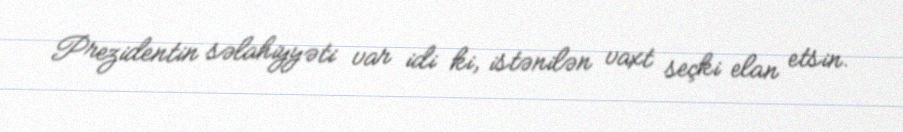
Prezidentin səlahiyyəti var idi ki, istənilən vaxt seçki elan etsin.